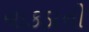
ચાકડાની